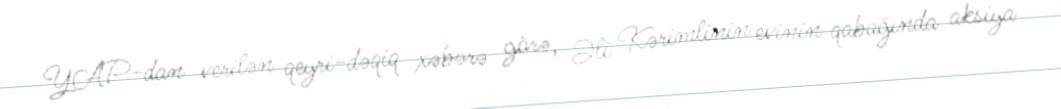
YAP-dan verilən qeyri-dəqiq xəbərə görə, Əli Kərimlinin evinin qabağında aksiya